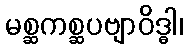
မစ္ဆကစ္ဆပဗျာဝိဒ္ဓါ၊